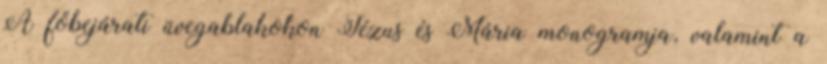
A főbejárati üvegablakokon Jézus és Mária monogramja, valamint a